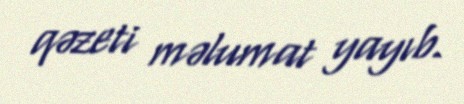
qəzeti məlumat yayıb.